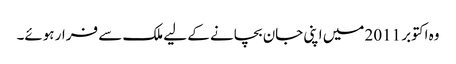
وہ اکتوبر 2011 میں اپنی جان بچانے کے لیے ملک سے فرار ہوئے۔